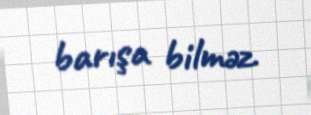
barışa bilməz.